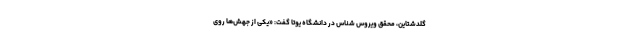
گلدشتاین، محقق ویروس شناس در دانشگاه یوتا گفت: «یکی از جهش‌ها روی